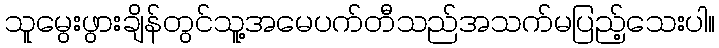
သူမွေးဖွားချိန်တွင်သူ့အမေပက်တီသည်အသက်မပြည့်သေးပါ။